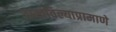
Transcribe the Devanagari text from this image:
दाखविल्याप्रामाणे